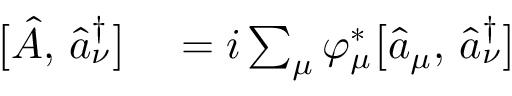
\begin{array} { r l } { \bigl [ \hat { A } , \, \hat { a } _ { \nu } ^ { \dagger } \bigr ] } & { { } = i \sum _ { \mu } \varphi _ { \mu } ^ { * } \bigl [ \hat { a } _ { \mu } , \, \hat { a } _ { \nu } ^ { \dagger } \bigr ] } \end{array}